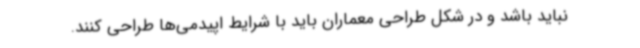
نباید باشد و در شکل طراحی معماران باید با شرایط اپیدمی‌ها طراحی کنند.